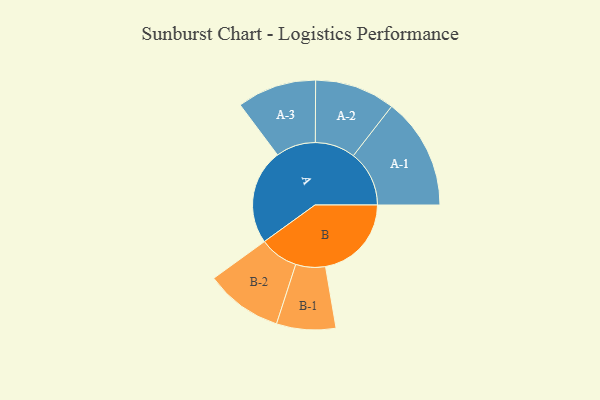
{"axis": {"x": "Segment", "y": "Value"}, "legend": ["", "A", "B"], "data": [{"x": "A", "y": 396, "type": ""}, {"x": "B", "y": 357, "type": ""}, {"x": "A-1", "y": 232, "type": "A"}, {"x": "A-2", "y": 167, "type": "A"}, {"x": "A-3", "y": 165, "type": "A"}, {"x": "B-1", "y": 123, "type": "B"}, {"x": "B-2", "y": 161, "type": "B"}]}